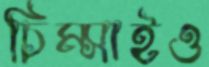
চিম্‌সাইও